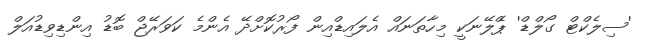
'ސިލެކްޓް ގޯލްޑް' ޕްެލޭނަކީ މިހާތަނައް އެލައިޑްއިން ފޯރުކޮށްދޭ އެންމެ ކަވަރޭޖް ބޮޑު އިންޑިވިޑުއަލް